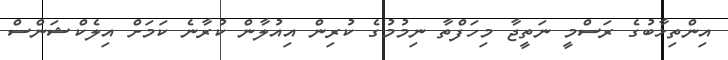
އިންތިޚާބުގެ ރަސްމީ ނަތީޖާ މިހަފްތާ ނިމުމުގެ ކުރިން އިއުލާން ކުރާނެ ކަމަށް އިލެކްޝަންސް